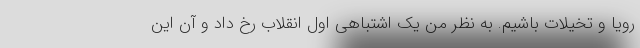
رویا و تخیلات باشیم. به نظر من یک اشتباهی اول انقلاب رخ داد و آن این